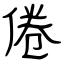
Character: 倦